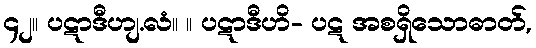
၄၂။ ပဋာဒီဟျ.လံ။ ။ ပဋာဒီဟိ- ပဋ အစရှိသောဓာတ်,